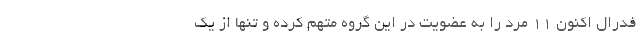
فدرال اکنون ۱۱ مرد را به عضویت در این گروه متهم کرده و تنها از یک